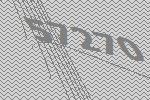
57270